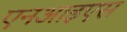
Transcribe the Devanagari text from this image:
एनआइएस